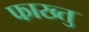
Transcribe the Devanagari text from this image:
फाख्तु